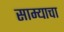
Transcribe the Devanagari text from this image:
साम्याचा